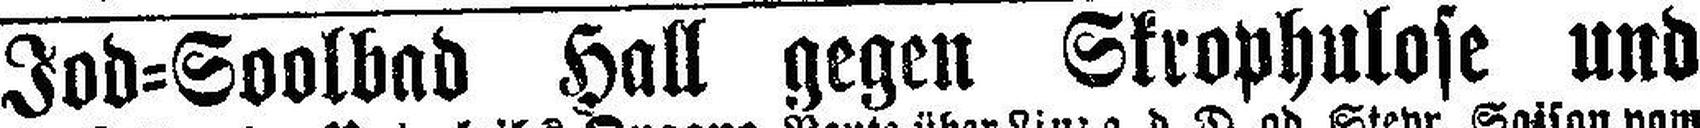
Jod=Soolbad Hall gegen Skrophulose und